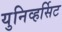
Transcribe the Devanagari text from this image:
युनिव्हर्सिट